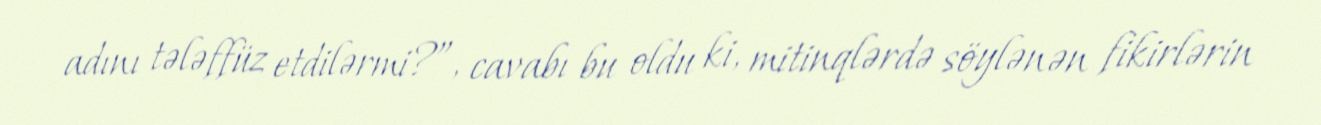
adını tələffüz etdilərmi?”, cavabı bu oldu ki, mitinqlərdə söylənən fikirlərin